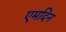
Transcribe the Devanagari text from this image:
एमदिन